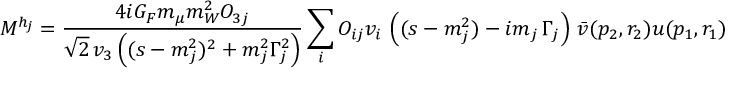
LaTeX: { \cal M } ^ { h _ { j } } = \frac { 4 i G _ { F } m _ { \mu } m _ { W } ^ { 2 } O _ { 3 j } } { \sqrt { 2 } \, v _ { 3 } \left( ( s - m _ { j } ^ { 2 } ) ^ { 2 } + m _ { j } ^ { 2 } \Gamma _ { j } ^ { 2 } \right) } \sum _ { i } O _ { i j } v _ { i } \, \left( ( s - m _ { j } ^ { 2 } ) - i m _ { j } \, \Gamma _ { j } \right) \, \bar { v } ( p _ { 2 } , r _ { 2 } ) u ( p _ { 1 } , r _ { 1 } ) g _ { \rho \sigma } \epsilon ^ { \rho } \epsilon ^ { \sigma } ,